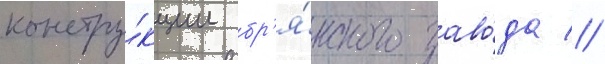
констру́кции бр'я́нского заво́да //